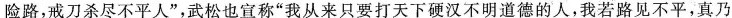
险路，戒刀杀尽不平人”，武松也宣称”我从来只要打天下硬汉不明道德的人，我若路见不平，真乃